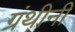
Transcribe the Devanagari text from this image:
ग्रंथीनी